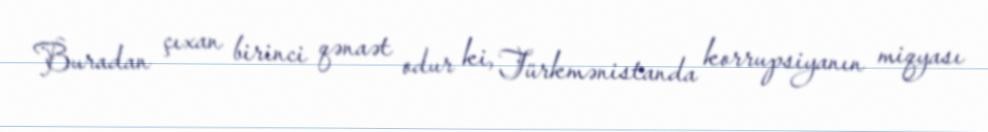
Buradan çıxan birinci qənaət odur ki, Türkmənistanda korrupsiyanın miqyası